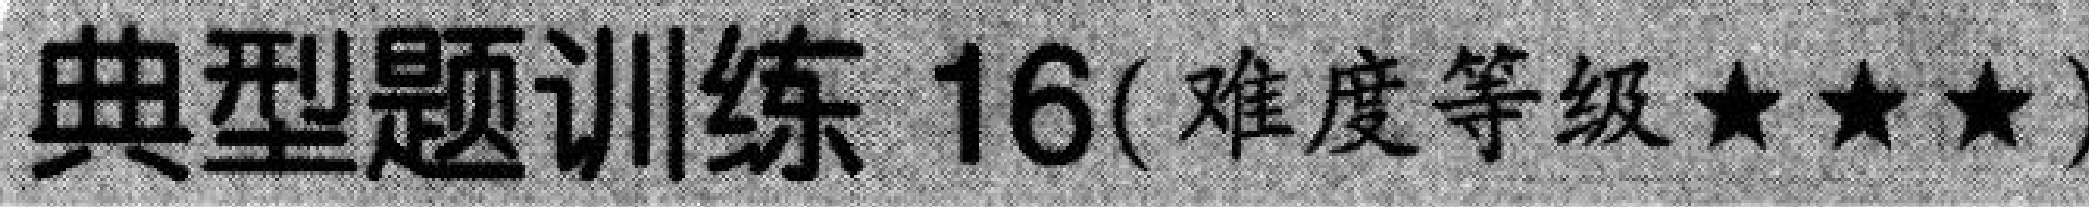
典型题训练 16(难度等级★★★)